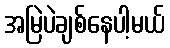
အမြဲပဲချစ်နေပါ့မယ်